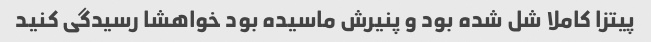
پیتزا کاملا شل شده بود و پنیرش ماسیده بود خواهشا رسیدگی کنید